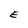
Character: E